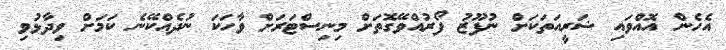
އެހެން އޮއްވައި ޝަރީއަތަކަށް ނުފޫޒު ފޯރުއްވޭގޮތަށް މިނިސްޓަރަށް ވާހަކަ ނުދެއްކޭނެ ކަމަށް ވިދާޅުވި